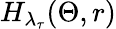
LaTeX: H_{\lambda_{\tau}}(\Theta,r)